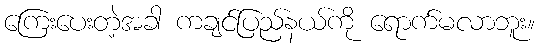
ကြေးပေးတဲ့အခါ ကချင်ပြည်နယ်ကို ရောက်မလာဘူး။